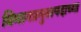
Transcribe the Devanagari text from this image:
विभागप्रमुखपदाच्या